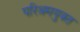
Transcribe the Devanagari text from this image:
परिश्रमयुक्त